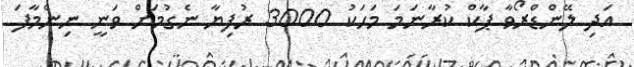
އަދި ލޭންޑްރޯވާ ޕާކް ކުރާނަމަ މަހަކު 3000 ރުފިޔާ ނެގުމަށް ވަނީ ނިންމާފަ